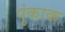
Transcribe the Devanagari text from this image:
पुंकाक